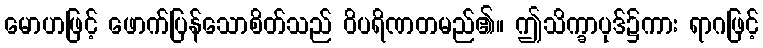
မောဟဖြင့် ဖောက်ပြန်သောစိတ်သည် ဝိပရိဏတမည်၏။ ဤသိက္ခာပုဒ်၌ကား ရာဂဖြင့်